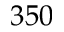
3 5 0